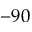
- 9 0